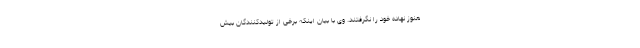
هنوز نهاده خود را نگرفتند. وی با بیان اینکه برخی از تولیدکنندگان بیش